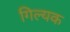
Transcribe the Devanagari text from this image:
गिल्यक